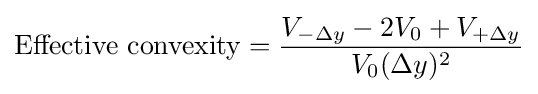
{\text{Effective convexity}}={\frac {V_{-\Delta y}-2V_{0}+V_{+\Delta y}}{V_{0}(\Delta y)^{2}}}